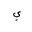
Letter: _ya